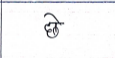
मजकूर: छे